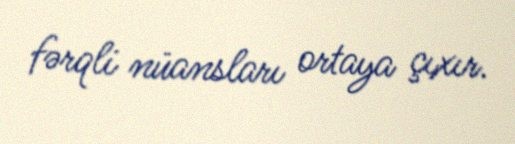
fərqli nüansları ortaya çıxır.